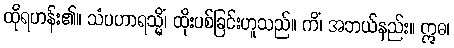
ထိုရဟန်း၏။ သံပဟာရသ္မိံ၊ ထိုးပစ်ခြင်းဟူသည်။ ကိံ၊ အဘယ်နည်း။ ဣဓ၊